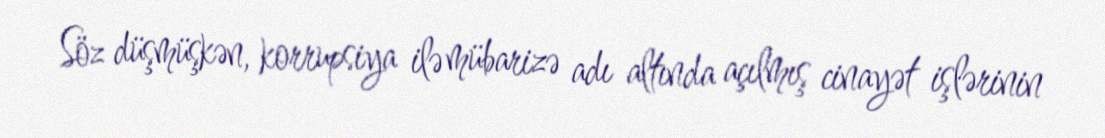
Söz düşmüşkən, korrupsiya ilə mübarizə adı altında açılmış cinayət işlərinin